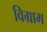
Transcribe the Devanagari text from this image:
विग्राम